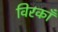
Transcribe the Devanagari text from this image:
विरकाँ